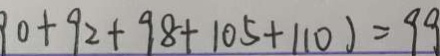
9 0 + 9 2 + 9 8 + 1 0 5 + 1 1 0 ) = 9 9